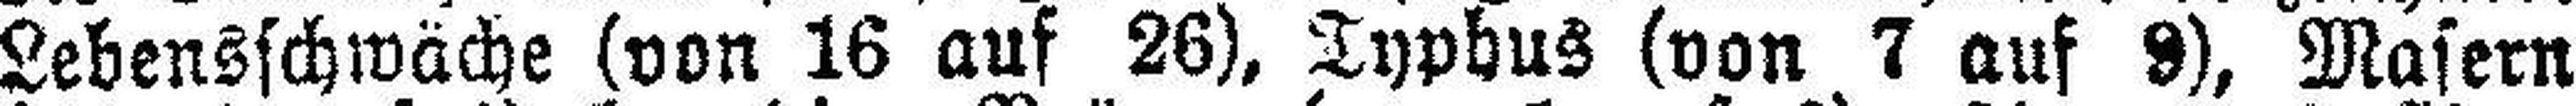
Lebensschwäche (von 16 auf 26), Typhus (von 7 auf 9), Masern